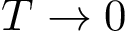
T \to 0